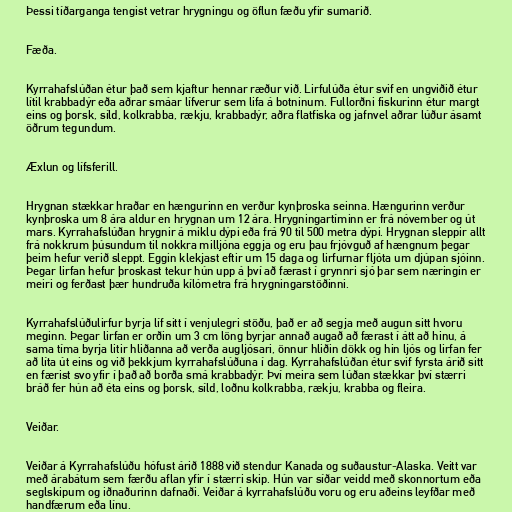
Þessi tíðarganga tengist vetrar hrygningu og öflun fæðu yfir sumarið.

Fæða.

Kyrrahafslúðan étur það sem kjaftur hennar ræður við. Lirfulúða étur svif en ungviðið étur
lítil krabbadýr eða aðrar smáar lífverur sem lifa á botninum. Fullorðni fiskurinn étur margt
eins og þorsk, síld, kolkrabba, rækju, krabbadýr, aðra flatfiska og jafnvel aðrar lúður ásamt
öðrum tegundum.

Æxlun og lífsferill.

Hrygnan stækkar hraðar en hængurinn en verður kynþroska seinna. Hængurinn verður
kynþroska um 8 ára aldur en hrygnan um 12 ára. Hrygningartíminn er frá nóvember og út
mars. Kyrrahafslúðan hrygnir á miklu dýpi eða frá 90 til 500 metra dýpi. Hrygnan sleppir allt
frá nokkrum þúsundum til nokkra milljóna eggja og eru þau frjóvguð af hængnum þegar
þeim hefur verið sleppt. Eggin klekjast eftir um 15 daga og lirfurnar fljóta um djúpan sjóinn.
Þegar lirfan hefur þroskast tekur hún upp á því að færast í grynnri sjó þar sem næringin er
meiri og ferðast þær hundruða kílómetra frá hrygningarstöðinni.

Kyrrahafslúðulirfur byrja líf sitt í venjulegri stöðu, það er að segja með augun sitt hvoru
meginn. Þegar lirfan er orðin um 3 cm löng byrjar annað augað að færast í átt að hinu, á
sama tíma byrja litir hliðanna að verða augljósari, önnur hliðin dökk og hin ljós og lirfan fer
að líta út eins og við þekkjum kyrrahafslúðuna í dag. Kyrrahafslúðan étur svif fyrsta árið sitt
en færist svo yfir í það að borða smá krabbadýr. Því meira sem lúðan stækkar því stærri
bráð fer hún að éta eins og þorsk, síld, loðnu kolkrabba, rækju, krabba og fleira.

Veiðar.

Veiðar á Kyrrahafslúðu hófust árið 1888 við stendur Kanada og suðaustur-Alaska. Veitt var
með árabátum sem færðu aflan yfir í stærri skip. Hún var síðar veidd með skonnortum eða
seglskipum og iðnaðurinn dafnaði. Veiðar á kyrrahafslúðu voru og eru aðeins leyfðar með
handfærum eða línu.